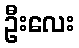
ဦးလေး